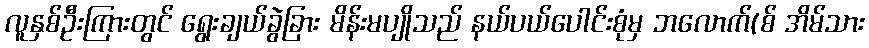
လူနှစ်ဦးကြားတွင် ရွေးချယ်ခွဲခြား မိန်းမပျိုသည် နယ်ပယ်ပေါင်းစုံမှ ဘလောက်(စ် အိမ်သား